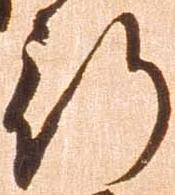
行